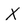
Character: X